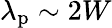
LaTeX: \lambda_{\mathrm{p}}\sim 2W